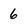
Character: 6